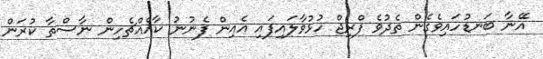
އޭނާ ބަނޑުހައިވެގެން ތެދުވެ ފްރިޖް ހުޅުވާލައިފައި އެއިން ފެނުނު ކާއެއްޗެހިން ނާސްތާ ކުރަން